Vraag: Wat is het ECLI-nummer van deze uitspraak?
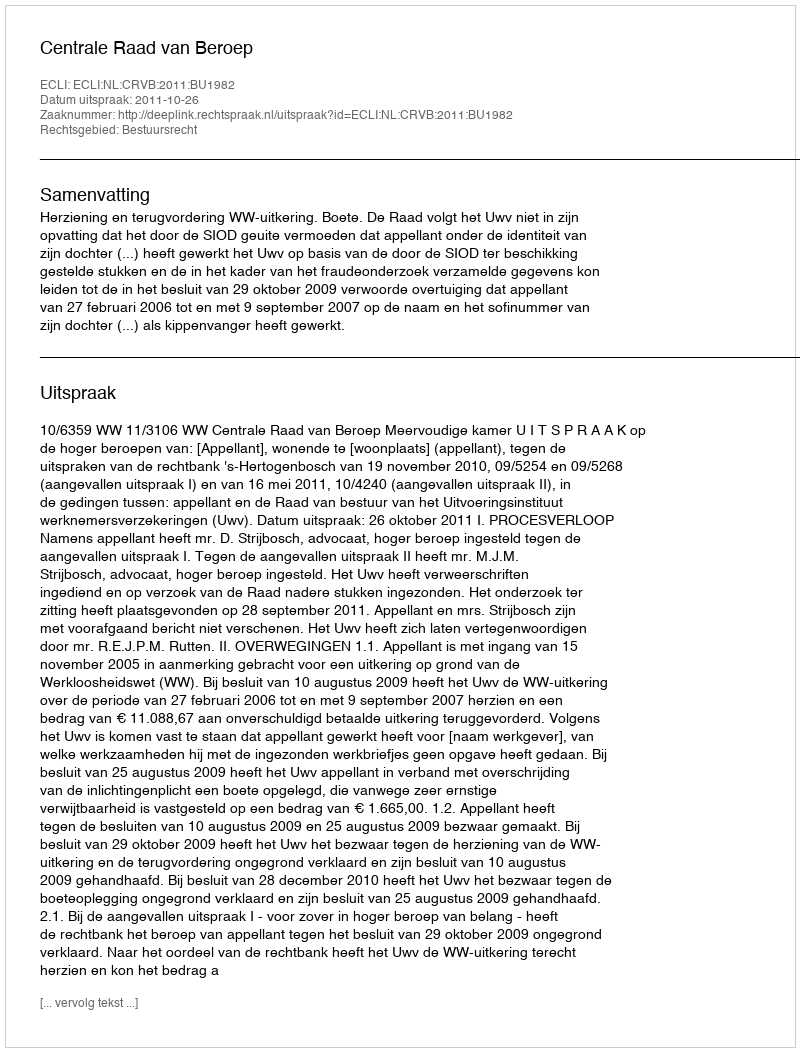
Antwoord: ECLI:NL:CRVB:2011:BU1982